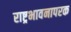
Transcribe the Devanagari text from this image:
राष्ट्रभावनापरक